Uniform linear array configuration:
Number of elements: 16
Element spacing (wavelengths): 1
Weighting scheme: blackman
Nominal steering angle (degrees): -60
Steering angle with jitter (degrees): -60.915
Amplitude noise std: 0.05
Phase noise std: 0.05

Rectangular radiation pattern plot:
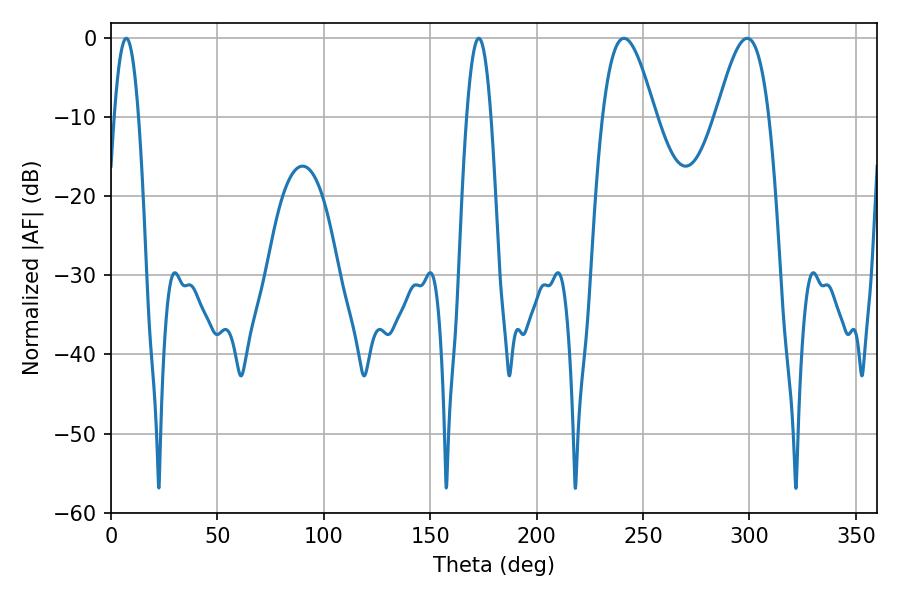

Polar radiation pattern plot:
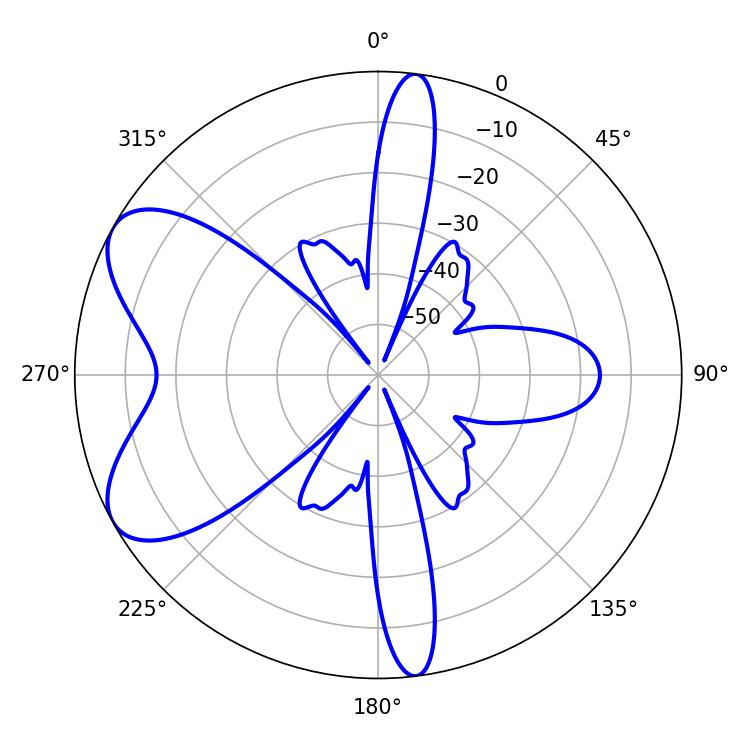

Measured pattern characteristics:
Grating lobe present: TRUE
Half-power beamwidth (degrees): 13.32
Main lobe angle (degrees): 241.02